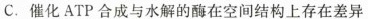
C.催化ATP合成与水解的酶在空间结构上存在差异